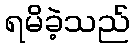
ရမိခဲ့သည်